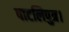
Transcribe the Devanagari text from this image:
पाटलिपुत्र।